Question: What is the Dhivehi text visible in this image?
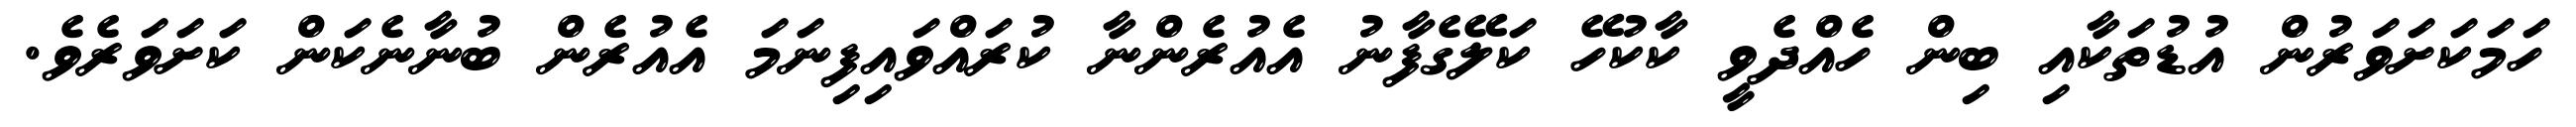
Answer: ހަމަކަށަވަރުން އުޑުތަކާއި ބިން ހެއްދެވީ ކާކުހޭ ކަލޭގެފާނު އެއުރެންނާ ކުރައްވައިފިނަމަ އެއުރެން ބުނާނެކަން ކަށަވަރެވެ.